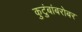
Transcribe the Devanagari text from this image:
कुटुंबांबरोबर